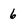
Character: 6